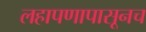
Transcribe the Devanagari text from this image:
लहापणापासूनच